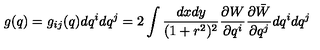
g ( q ) = g _ { i j } ( q ) d q ^ { i } d q ^ { j } = 2 \int \frac { d x d y } { ( 1 + r ^ { 2 } ) ^ { 2 } } \frac { \partial W } { \partial q ^ { i } } \frac { \partial \bar { W } } { \partial q ^ { j } } d q ^ { i } d q ^ { j }